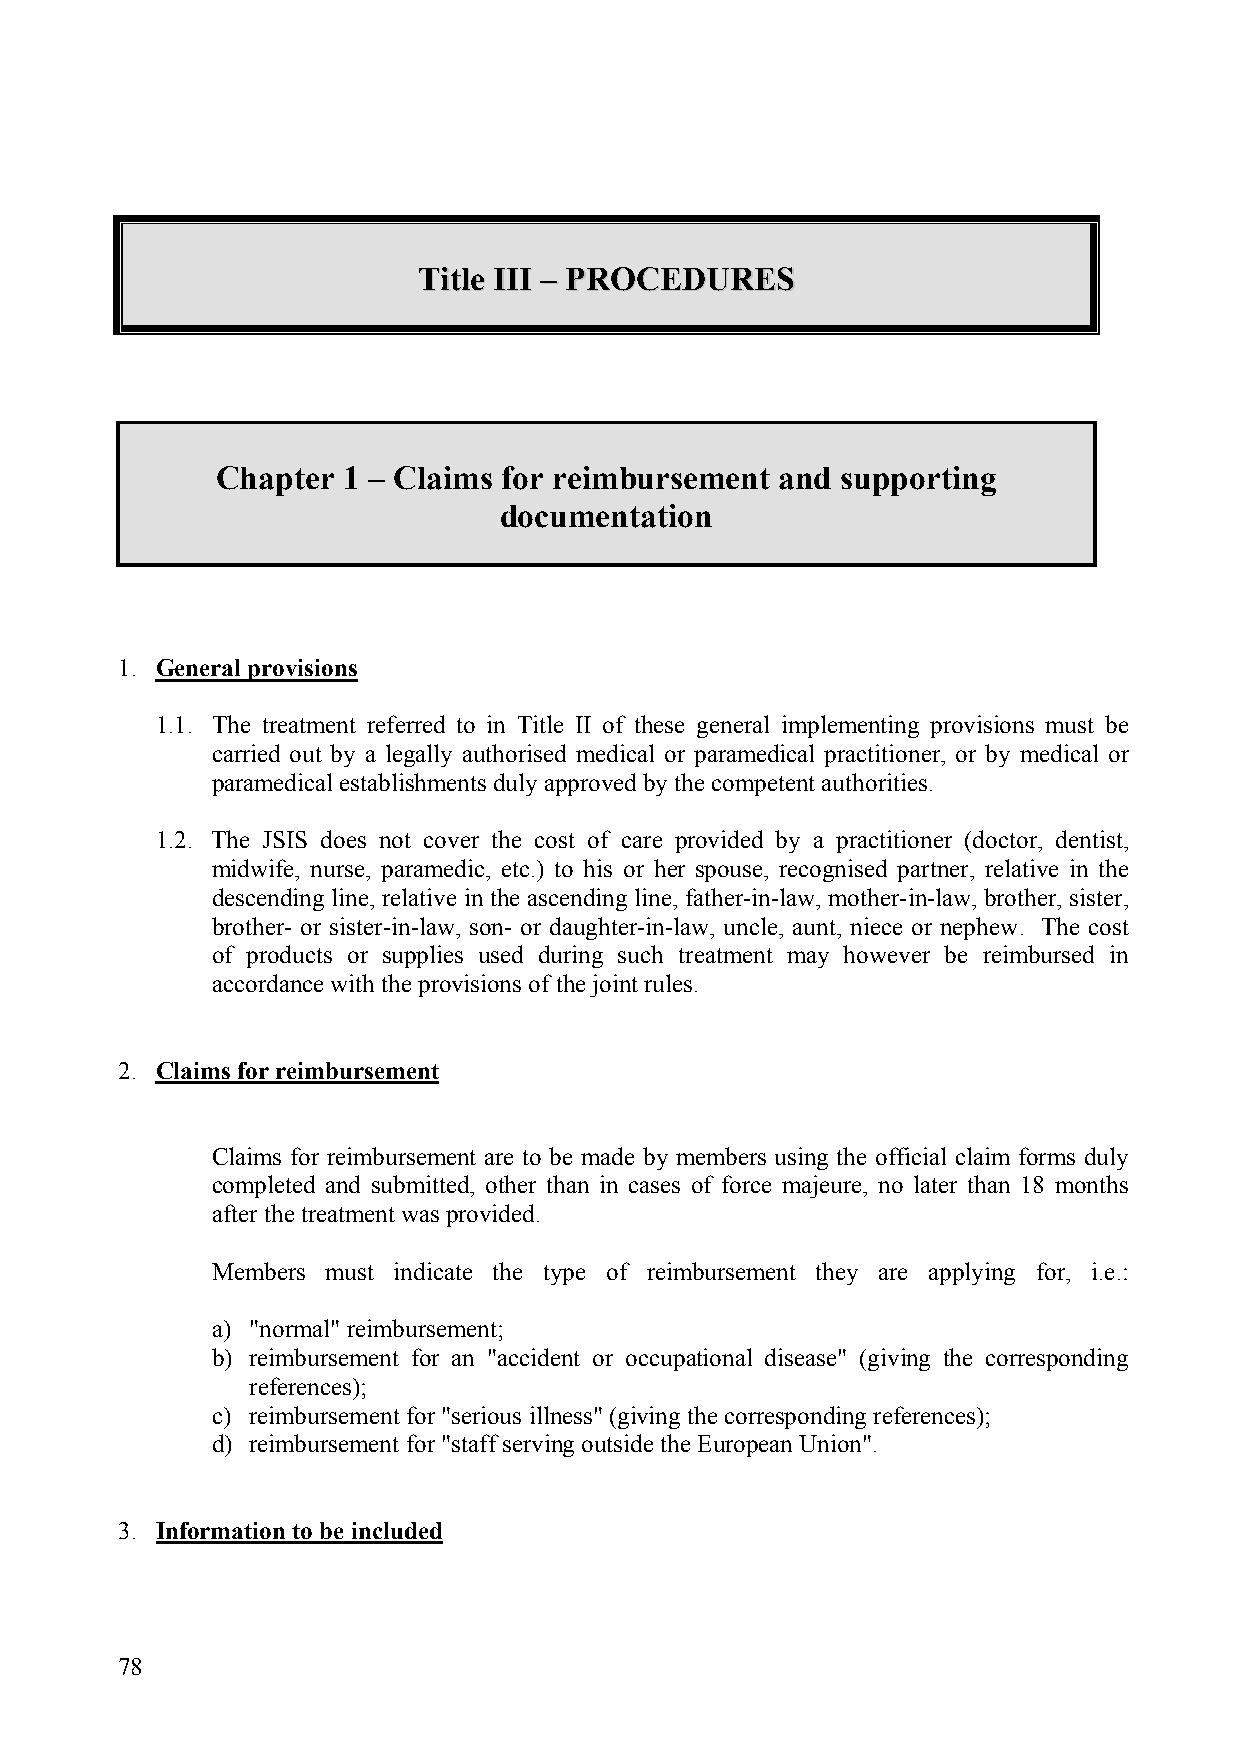
TTiittllee IIIIII –– PPRROOCCEEDDUURREESS
 Chapter  1 – Claims for reimbursement and supporting
 documentation
 1. General provisions
 1.1. The treatment referred to in Title II of these general implementing provisions must be
 carried out by a legally authorised medical or paramedical practitioner, or by medical or
 paramedical establishments duly approved by the competent authorities.
 1.2. The JSIS does not cover the cost of care provided by a practitioner (doctor, dentist,
 midwife, nurse, paramedic, etc.) to his or her spouse, recognised partner, relative in the
 descending line, relative in the ascending line, father-in-law, mother-in-law, brother, sister,
 brother- or sister-in-law, son- or daughter-in-law, uncle, aunt, niece or nephew. The cost
 of products or supplies used during such treatment may however be reimbursed in
 accordance with the provisions of the joint rules.
 2. Claims for reimbursement
 Claims for reimbursement are to be made by members using the official claim forms duly
 completed and submitted, other than in cases of force majeure, no later than 18 months
 after the treatment was provided.
 Members must indicate the type of reimbursement they are applying for, i.e.:
 a) "normal" reimbursement;
 b) reimbursement for an "accident or occupational disease" (giving the corresponding
 references);
 c) reimbursement for "serious illness" (giving the corresponding references);
 d) reimbursement for "staff serving outside the European Union".
 3. Information to be included
 78